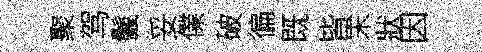
聚驾鬛妥㒒破徧既皆末狀因